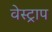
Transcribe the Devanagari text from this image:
वेस्ट्राप